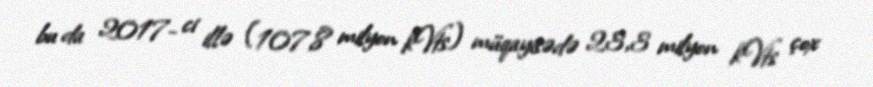
bu da 2017- ci illə (107,8 milyon kVts) müqayisədə 23,3 milyon kVts çox